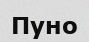
Пуно